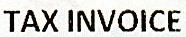
TAX INVOICE